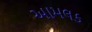
આમલક